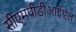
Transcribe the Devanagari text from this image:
सीएमपीडीआईएल